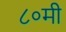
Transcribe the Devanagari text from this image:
८०मी